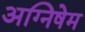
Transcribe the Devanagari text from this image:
अग्निषेम